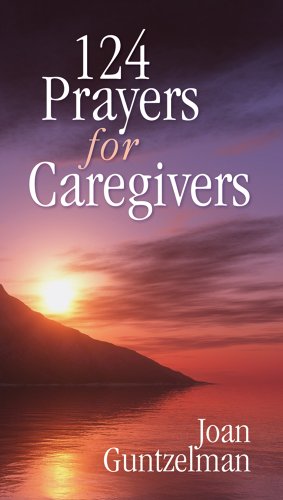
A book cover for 124 Prayers for Caregivers; Joan Guntzelman; Religion & Spirituality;